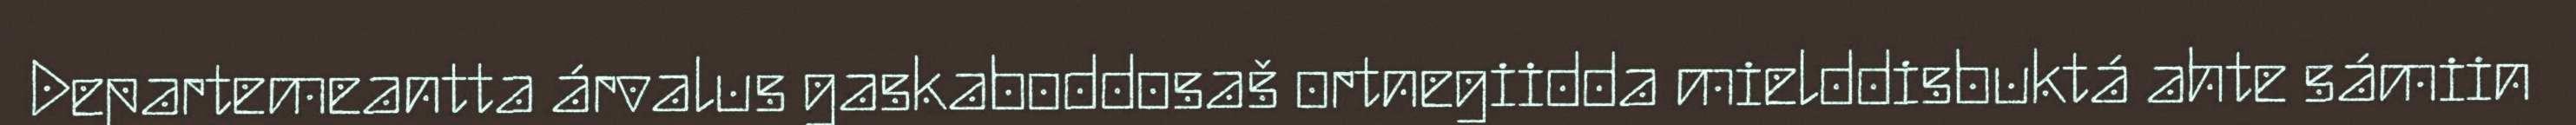
Departemeantta árvalus gaskaboddosaš ortnegiidda mielddisbuktá ahte sámiin